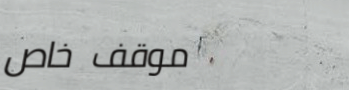
موقف خاص